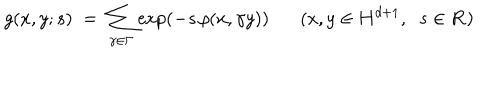
g ( x , y ; s ) \; = \; \sum _ { \gamma \in \Gamma } \exp ( - s \, \rho ( x , \gamma y ) ) ( x , y \in { \bf H } ^ { d + 1 } , \; \; s \in { \bf R } )